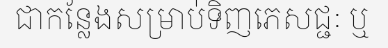
ជាកន្លែងសម្រាប់ទិញភេសជ្ជៈ ឬ